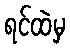
ရင်ထဲမှ